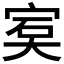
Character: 𡨮